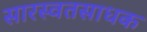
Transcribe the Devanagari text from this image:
सारस्वतसाधक